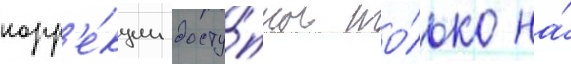
корр'е́кции досту́пны то́лько на́